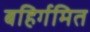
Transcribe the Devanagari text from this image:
बहिर्गमित